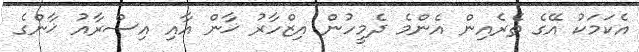
އެކަމަކު އޭގެ ތެރެއިން އެންމެ ދެމީހުން އިޒްހާރު ޚާން އާއި އިސްރާއު ޚާންގެ